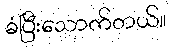
ခံပြီးသောက်တယ်။